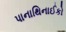
પાનાથિનાઈકો